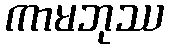
ကာမဘုဿ